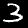
Digit: 3